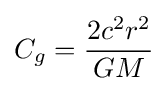
C_{g}={\frac {2c^{2}r^{2}}{GM}}